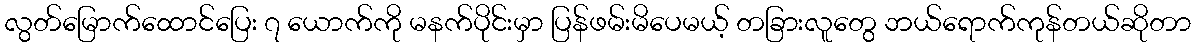
လွတ်မြောက်ထောင်ပြေး ၇ ယောက်ကို မနက်ပိုင်းမှာ ပြန်ဖမ်းမိပေမယ့် တခြားလူတွေ ဘယ်ရောက်ကုန်တယ်ဆိုတာ